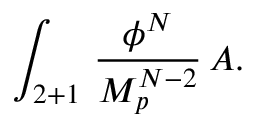
\int _ { 2 + 1 } \, { \frac { \phi ^ { N } } { M _ { p } ^ { N - 2 } } } \, A .